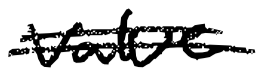
Text: value
Cross-out: double-line
Writing tool: digital_black